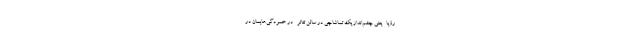
رؤیا -یعنی چشم‌انداز یک تماشاچی در سالن تئاتر- در خمودگی‌هایمان در